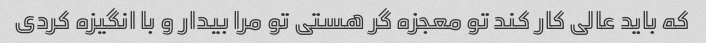
که باید عالی کار کند تو معجزه گر هستی تو مرا بیدار و با انگیزه کردی